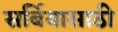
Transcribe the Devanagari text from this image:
सर्बियासाठी